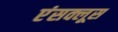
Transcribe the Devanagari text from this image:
एंसक्लूस